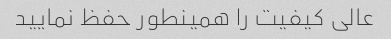
عالی کیفیت را همینطور حفظ نمایید